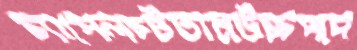
চ্যাপেলচটতামউচ্চপদে